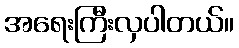
အရေးကြီးလှပါတယ်။